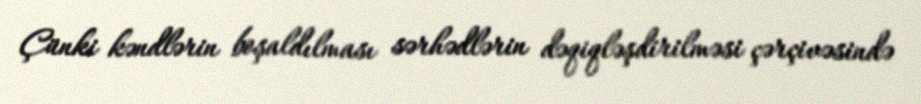
Çünki kəndlərin boşaldılması sərhədlərin dəqiqləşdirilməsi çərçivəsində